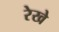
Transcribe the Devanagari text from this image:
रेखे